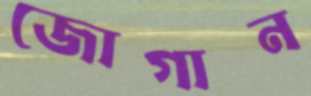
জোগান